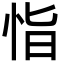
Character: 恉